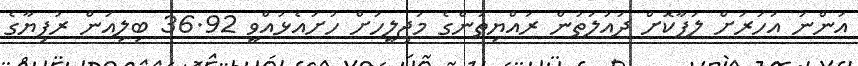
އަންނަ އަހަރަށް ލަފާކޮށް ދައުލަތުން ރައްޔިތުންގެ މަޖިލީހަށް ހުށައެޅުއްވީ 36.92 ބިލިއަން ރުފިޔާގެ